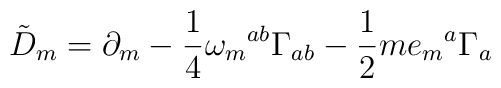
{\tilde D}_{m}= \partial_{m}-\frac{1}{4}\omega_{m}{}^{ab}\Gamma_{ab}-\frac{1}{2}me_{m}{}^{a}\Gamma_{a}